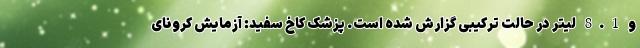
و 8.1 لیتر در حالت ترکیبی گزارش شده است. پزشک کاخ سفید: آزمایش کرونای